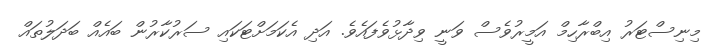
މިނިސްޓަރު އިބްރާހިމް އަމީރުވެސް ވަނީ ވިދާޅުވެފައެވެ. އަދި އެކަމަށްޓަކައި ސަރުކާރުން ބައެއް ބަދަލުތައް